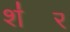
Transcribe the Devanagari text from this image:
श॑र